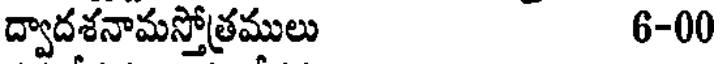
ద్వాదశనామస్తోత్రములు 6-00